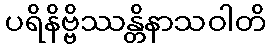
ပရိနိဗ္ဗိဿန္တိနာသဝါတိ